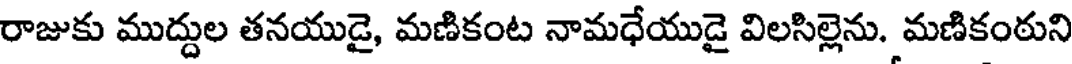
రాజుకు ముద్దుల తనయుడై, మణికంట నామధేయుడై విలసిల్లెను. మణికంఠుని